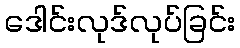
ဒေါင်းလုဒ်လုပ်ခြင်း